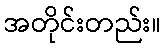
အတိုင်းတည်း။